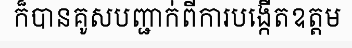
ក៏បានគូសបញ្ជាក់ពីការបង្កើតឧត្តម